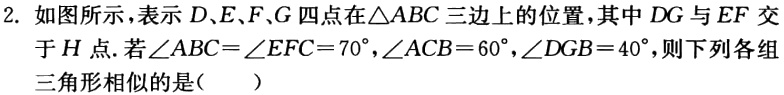
2. 如图所示，表示\(D、E、F、G\)四点在\(\triangle ABC\)三边上的位置，其中\(DG\)与\(EF\)交于\(H\)点. 若\(\angle ABC = \angle EFC = 70^{\circ},\angle ACB = 60^{\circ},\angle DGB = 40^{\circ}\)，则下列各组三角形相似的是（  ）